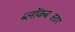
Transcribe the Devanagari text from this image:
ब्लॉकबस्टिंग